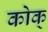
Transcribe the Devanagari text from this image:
कोक्